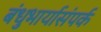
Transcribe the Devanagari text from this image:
बंधुभार्यासंपर्क